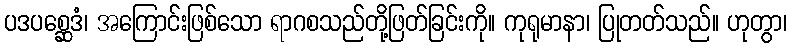
ပဒပစ္ဆေဒံ၊ အကြောင်းဖြစ်သော ရာဂစသည်တို့ဖြတ်ခြင်းကို။ ကုရုမာနာ၊ ပြုတတ်သည်။ ဟုတွာ၊